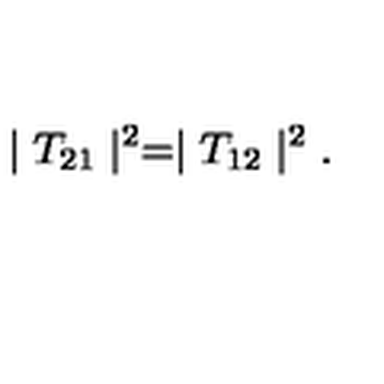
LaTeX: \mid T _ { 2 1 } \mid ^ { 2 } = \mid T _ { 1 2 } \mid ^ { 2 } .